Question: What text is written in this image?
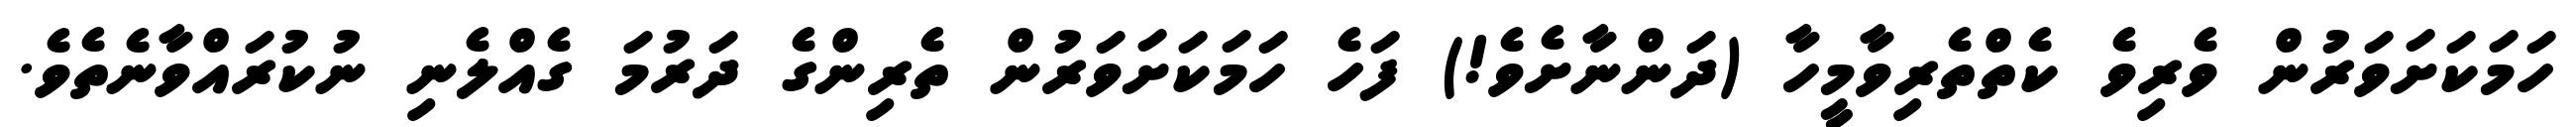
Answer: ހަމަކަށަވަރުން ވެރިވެ ކެތްތެރިވާމީހާ (ދަންނާށެވެ!) ފަހެ ހަމަކަށަވަރުން ތެރިންގެ ދަރުމަ ގެއްލެނި ނުކުރައްވާނެތެވެ.